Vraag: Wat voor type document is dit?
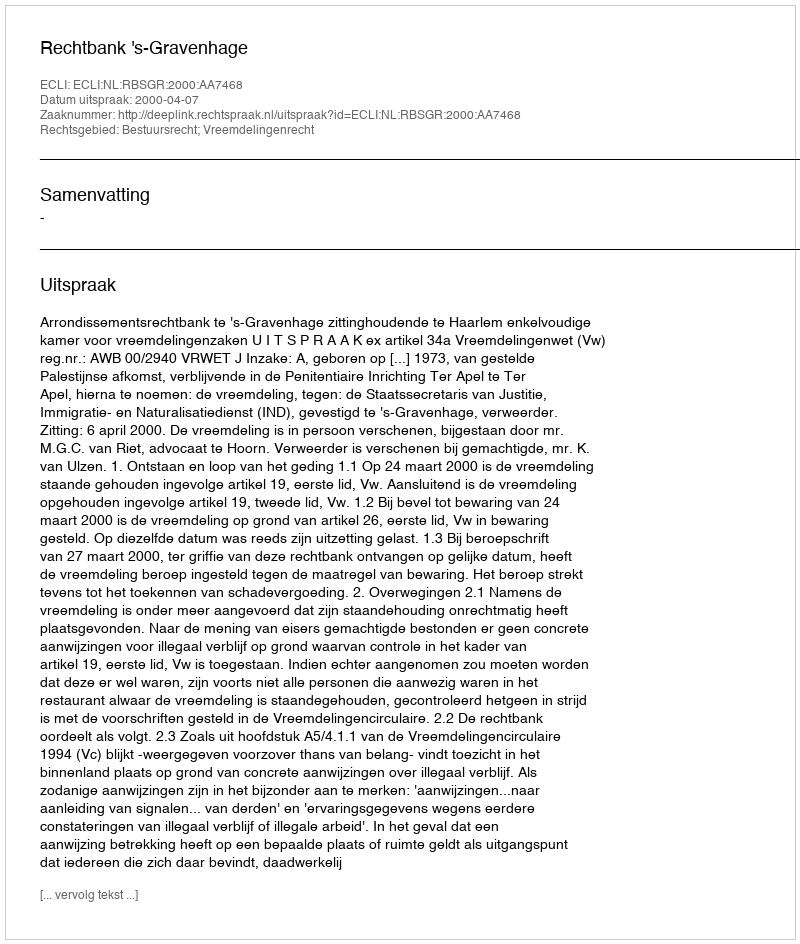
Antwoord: Uitspraak